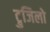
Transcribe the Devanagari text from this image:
ट्रुजिलो